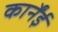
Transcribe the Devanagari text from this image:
कार्नेंई